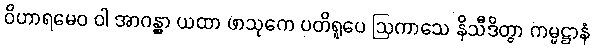
ဝိဟာရမေဝ ဝါ အာဂန္တွာ ယထာ ဖာသုကေ ပတိရူပေ ဩကာသေ နိသီဒိတွာ ကမ္မဋ္ဌာနံ